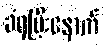
ခံရပြီးနောက်